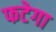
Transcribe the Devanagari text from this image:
फटेगा